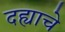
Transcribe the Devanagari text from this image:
दह्याचे